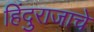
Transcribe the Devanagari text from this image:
हिंदुराजाचे